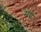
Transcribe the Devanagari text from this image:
मेषे